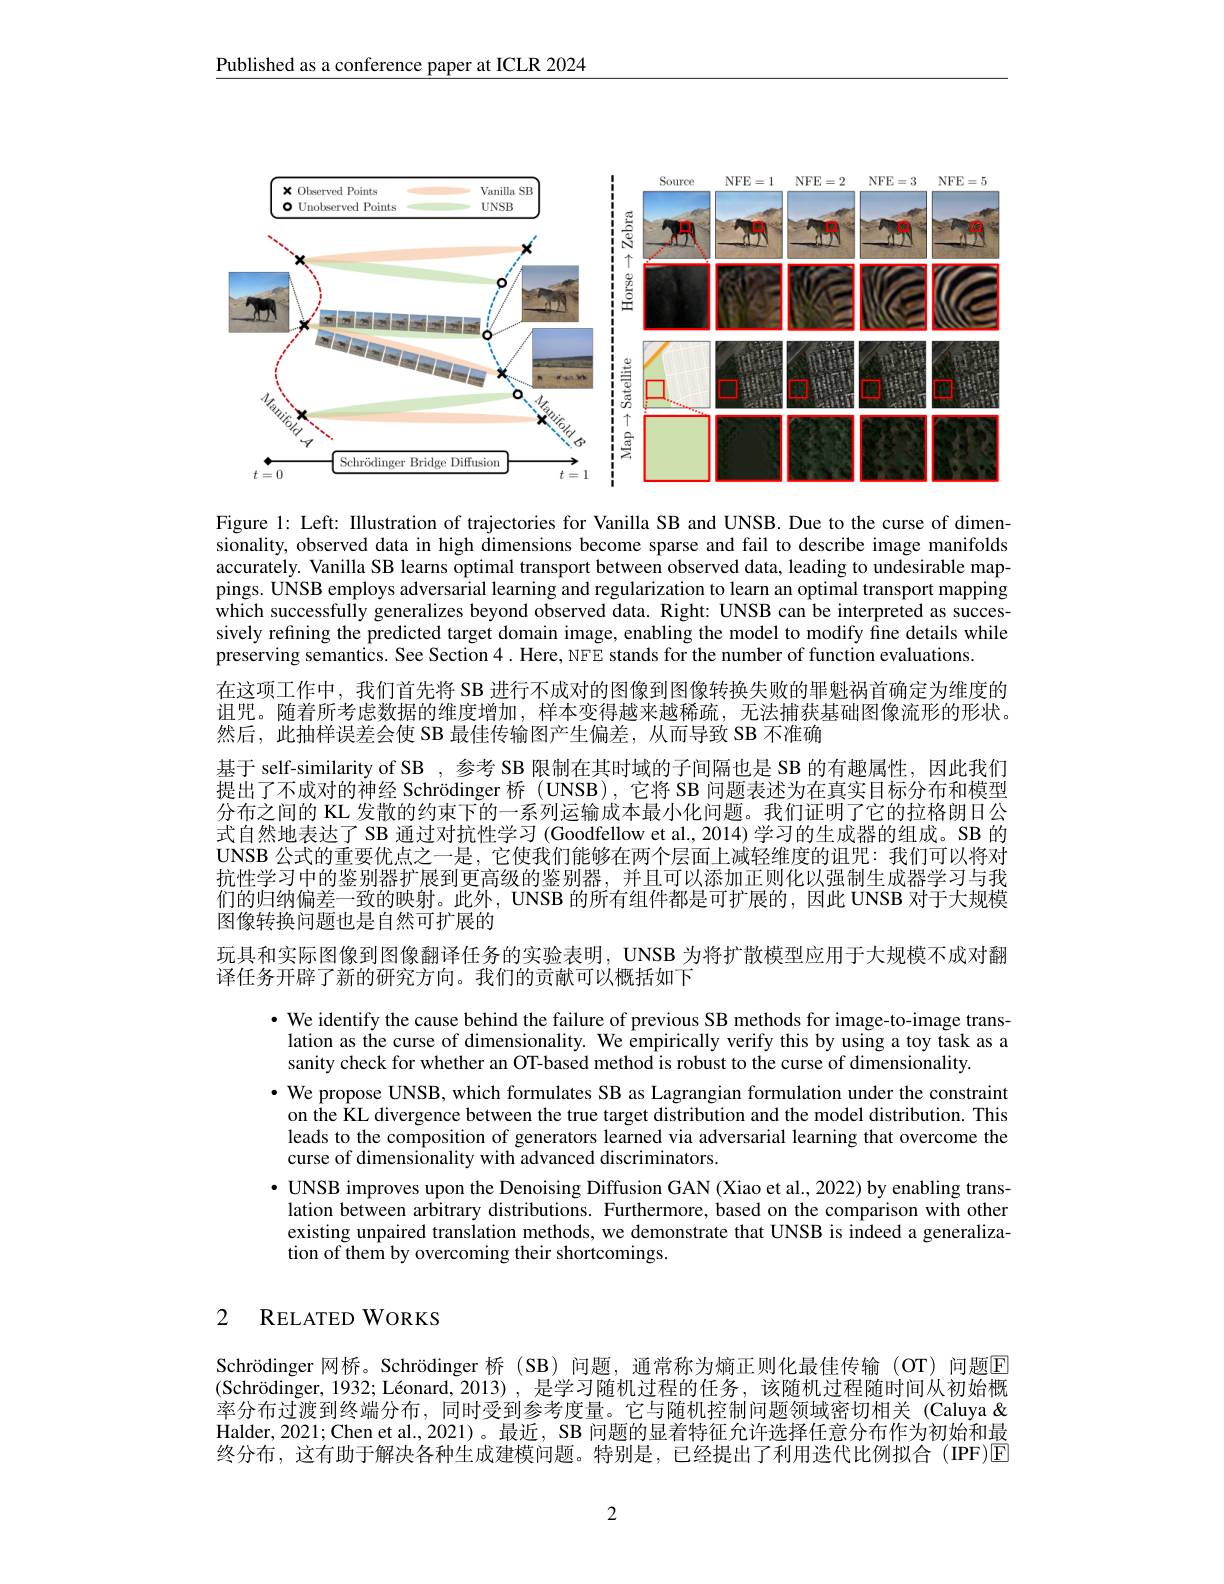
Published as a conference paper at ICLR 2024

<FigureHere>

Figure l: Left: Illustration of trajectories for Vanilla SB and UNSB. Due to the curse of dimensionality, observed data in high dimensions become sparse and fail to describe image manifolds accurately. Vanilla SB learns optimal transport between observed data, leading to undesirable mappings. UNSB employs adversarial learning and regularization to learn an optimal transport mapping which successfully generalizes beyond observed data. Right: UNSB can be interpreted as successively refining the predicted target domain image, enabling the model to modify fine details while preserving semantics. See Section 4. Here, NFE stands for the number of function evaluations.
在这项工作中，我们首先将 SB 进行不成对的图像到图像转换失败的罪魁祸首确定为维度的诅咒。随着所考虑数据的维度增加，样本变得越来越稀疏，无法捕获基础图像流形的形状。然后，此抽样误差会使 SB 最佳传输图产生偏差，从而导致 SB 不准确
基于 self-similarity of SB , 参考 SB 限制在其时域的子间隔也是 SB 的有趣属性，因此我们提出了不成对的神经 Schrödinger 桥 (UNSB), 它将 SB 问题表述为在真实目标分布和模型分布之间的 KL 发散的约束下的一系列运输成本最小化问题。我们证明了它的拉格朗日公式自然地表达了 SB 通过对抗性学习 (Goodfellow et al., 2014) 学习的生成器的组成。SB 的UNSB 公式的重要优点之一是，它使我们能够在两个层面上减轻维度的诅咒：我们可以将对抗性学习中的鉴别器扩展到更高级的鉴别器，并且可以添加正则化以强制生成器学习与我们的归纳偏差一致的映射。此外，UNSB 的所有组件都是可扩展的，因此 UNSB 对于大规模图像转换问题也是自然可扩展的
玩具和实际图像到图像翻译任务的实验表明，UNSB 为将扩散模型应用于大规模不成对翻

译任务开辟了新的研究方向。我们的贡献可以概括如下

$\bullet$ We identify the cause behind the failure of previous SB methods for image-to-image translation as the curse of dimensionality. We empirically verify this by using a toy task as a sanity check for whether an OT-based method is robust to the curse of dimensionality.
· We propose UNSB, which formulates SB as Lagrangian formulation under the constraint
on the KL divergence between the true target distribution and the model distribution. This leads to the composition of generators learned via adversarial learning that overcome the curse of dimensionality with advanced discriminators.
$•$ UNSB improves upon the Denoising Diffusion GAN (Xiao et al., 2022) by enabling translation between arbitrary distributions. Furthermore, based on the comparison with other existing unpaired translation methods, we demonstrate that UNSB is indeed a generalization of them by overcoming their shortcomings.

# 2 RELATED WORKS

Schrödinger 网桥。Schrödinger 桥 (SB) 问题，通常称为熵正则化最佳传输 (OT) 问题$\overline{\mathrm{E}}$ (Schrödinger, 1932; Léonard, 2013), 是学习随机过程的任务，该随机过程随时间从初始概率分布过渡到终端分布，同时受到参考度量。它与随机控制问题领域密切相关 (Caluya & Halder, 2021; Chen et al., 2021)。最近，SB 问题的显着特征允许选择任意分布作为初始和最终分布，这有助于解决各种生成建模问题。特别是，已经提出了利用迭代比例拟合(IPF)区

2